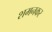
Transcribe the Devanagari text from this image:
शमनकर